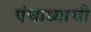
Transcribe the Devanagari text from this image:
पंचाध्याची